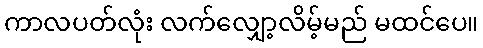
ကာလပတ်လုံး လက်လျှော့လိမ့်မည် မထင်ပေ။